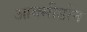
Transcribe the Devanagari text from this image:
आक्सीडोन